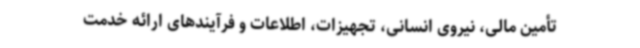
تأمین مالی، نیروی انسانی، تجهیزات، اطلاعات و فرآیندهای ارائه خدمت